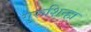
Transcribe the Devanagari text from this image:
गुरूशिन्हा